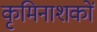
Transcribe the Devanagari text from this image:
कृमिनाशकों